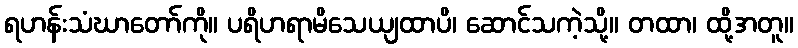
ရဟန်းသံဃာတော်ကို။ ပရိဟရာမိသေယျထာပိ၊ ဆောင်သကဲ့သို့။ တထာ၊ ထို့အတူ။